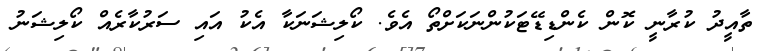
ތާއީދު ކުރާނީ ކޮން ކެންޑިޑޭޓަކުންނަކަށްތޯ އެވެ. ކޯލިޝަނަކާ އެކު އައި ސަރުކާރެއް ކޯލިޝަނު